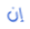
إن